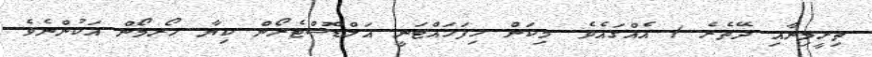
ތިރީމިނާއި ދޭތެރެ ) އެއްގައެވެ. މިކަން ހިފަހައްޓަނީ އަލްޑޮސްޓެރޯން ކިޔާ ހޯރމޯން އަކުންނެވެ.